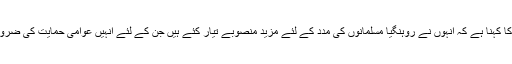
کارکنوں کا کہنا ہے کہ انہوں نے روہنگیا مسلمانوں کی مدد کے لئے مزید منصوبے تیار کئے ہیں جن کے لئے انہیں عوامی حمایت کی ضرورت ہے ۔